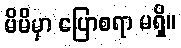
မိမိမှာ ပြောစရာ မရှိ။